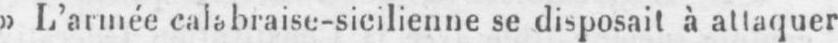
»L’armée calabraise-sicilienne se disposait à attaquer